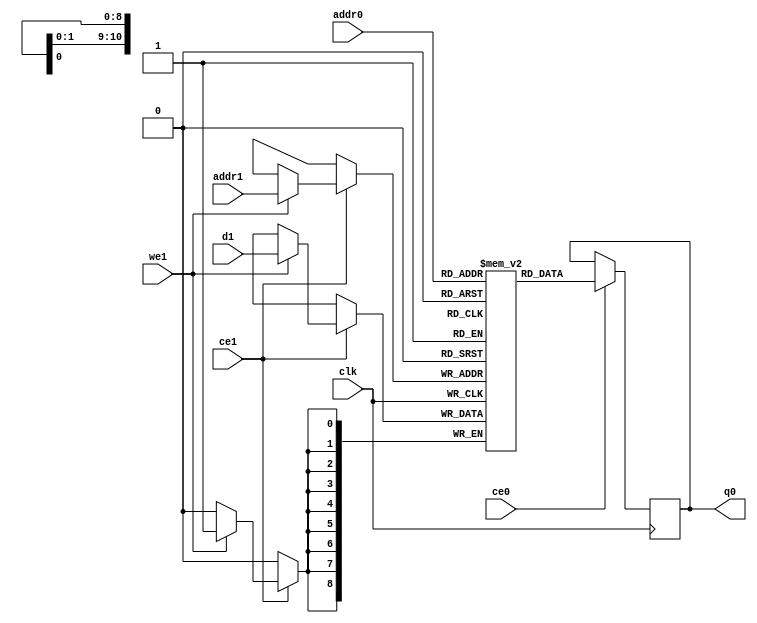
// ==============================================================
// File generated by Vivado(TM) HLS - High-Level Synthesis from C, C++ and SystemC
// Version: 2013.2
// Copyright (C) 2013 Xilinx Inc. All rights reserved.
// 
// ==============================================================

`timescale 1 ns / 1 ps
module FAST_t_opr_16_7_0_1080_1920_s_core_buf_val_0_V_ram (addr0, ce0, q0, addr1, ce1, d1, we1,  clk);

parameter DWIDTH = 9;
parameter AWIDTH = 11;
parameter MEM_SIZE = 1927;

input[AWIDTH-1:0] addr0;
input ce0;
output reg[DWIDTH-1:0] q0;
input[AWIDTH-1:0] addr1;
input ce1;
input[DWIDTH-1:0] d1;
input we1;
input clk;

(* ram_style = "block" *)reg [DWIDTH-1:0] ram[MEM_SIZE-1:0];




always @(posedge clk)  
begin 
    if (ce0) 
    begin
            q0 <= ram[addr0];
    end
end


always @(posedge clk)  
begin 
    if (ce1) 
    begin
        if (we1) 
        begin 
            ram[addr1] <= d1; 
        end 
    end
end


endmodule


`timescale 1 ns / 1 ps
module FAST_t_opr_16_7_0_1080_1920_s_core_buf_val_0_V(
    reset,
    clk,
    address0,
    ce0,
    q0,
    address1,
    ce1,
    we1,
    d1);

parameter DataWidth = 32'd9;
parameter AddressRange = 32'd1927;
parameter AddressWidth = 32'd11;
input reset;
input clk;
input[AddressWidth - 1:0] address0;
input ce0;
output[DataWidth - 1:0] q0;
input[AddressWidth - 1:0] address1;
input ce1;
input we1;
input[DataWidth - 1:0] d1;




FAST_t_opr_16_7_0_1080_1920_s_core_buf_val_0_V_ram FAST_t_opr_16_7_0_1080_1920_s_core_buf_val_0_V_ram_U(
    .clk( clk ),
    .addr0( address0 ),
    .ce0( ce0 ),
    .q0( q0 ),
    .addr1( address1 ),
    .ce1( ce1 ),
    .d1( d1 ),
    .we1( we1 ));

endmodule